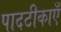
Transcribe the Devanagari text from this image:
पादटीकाएँ